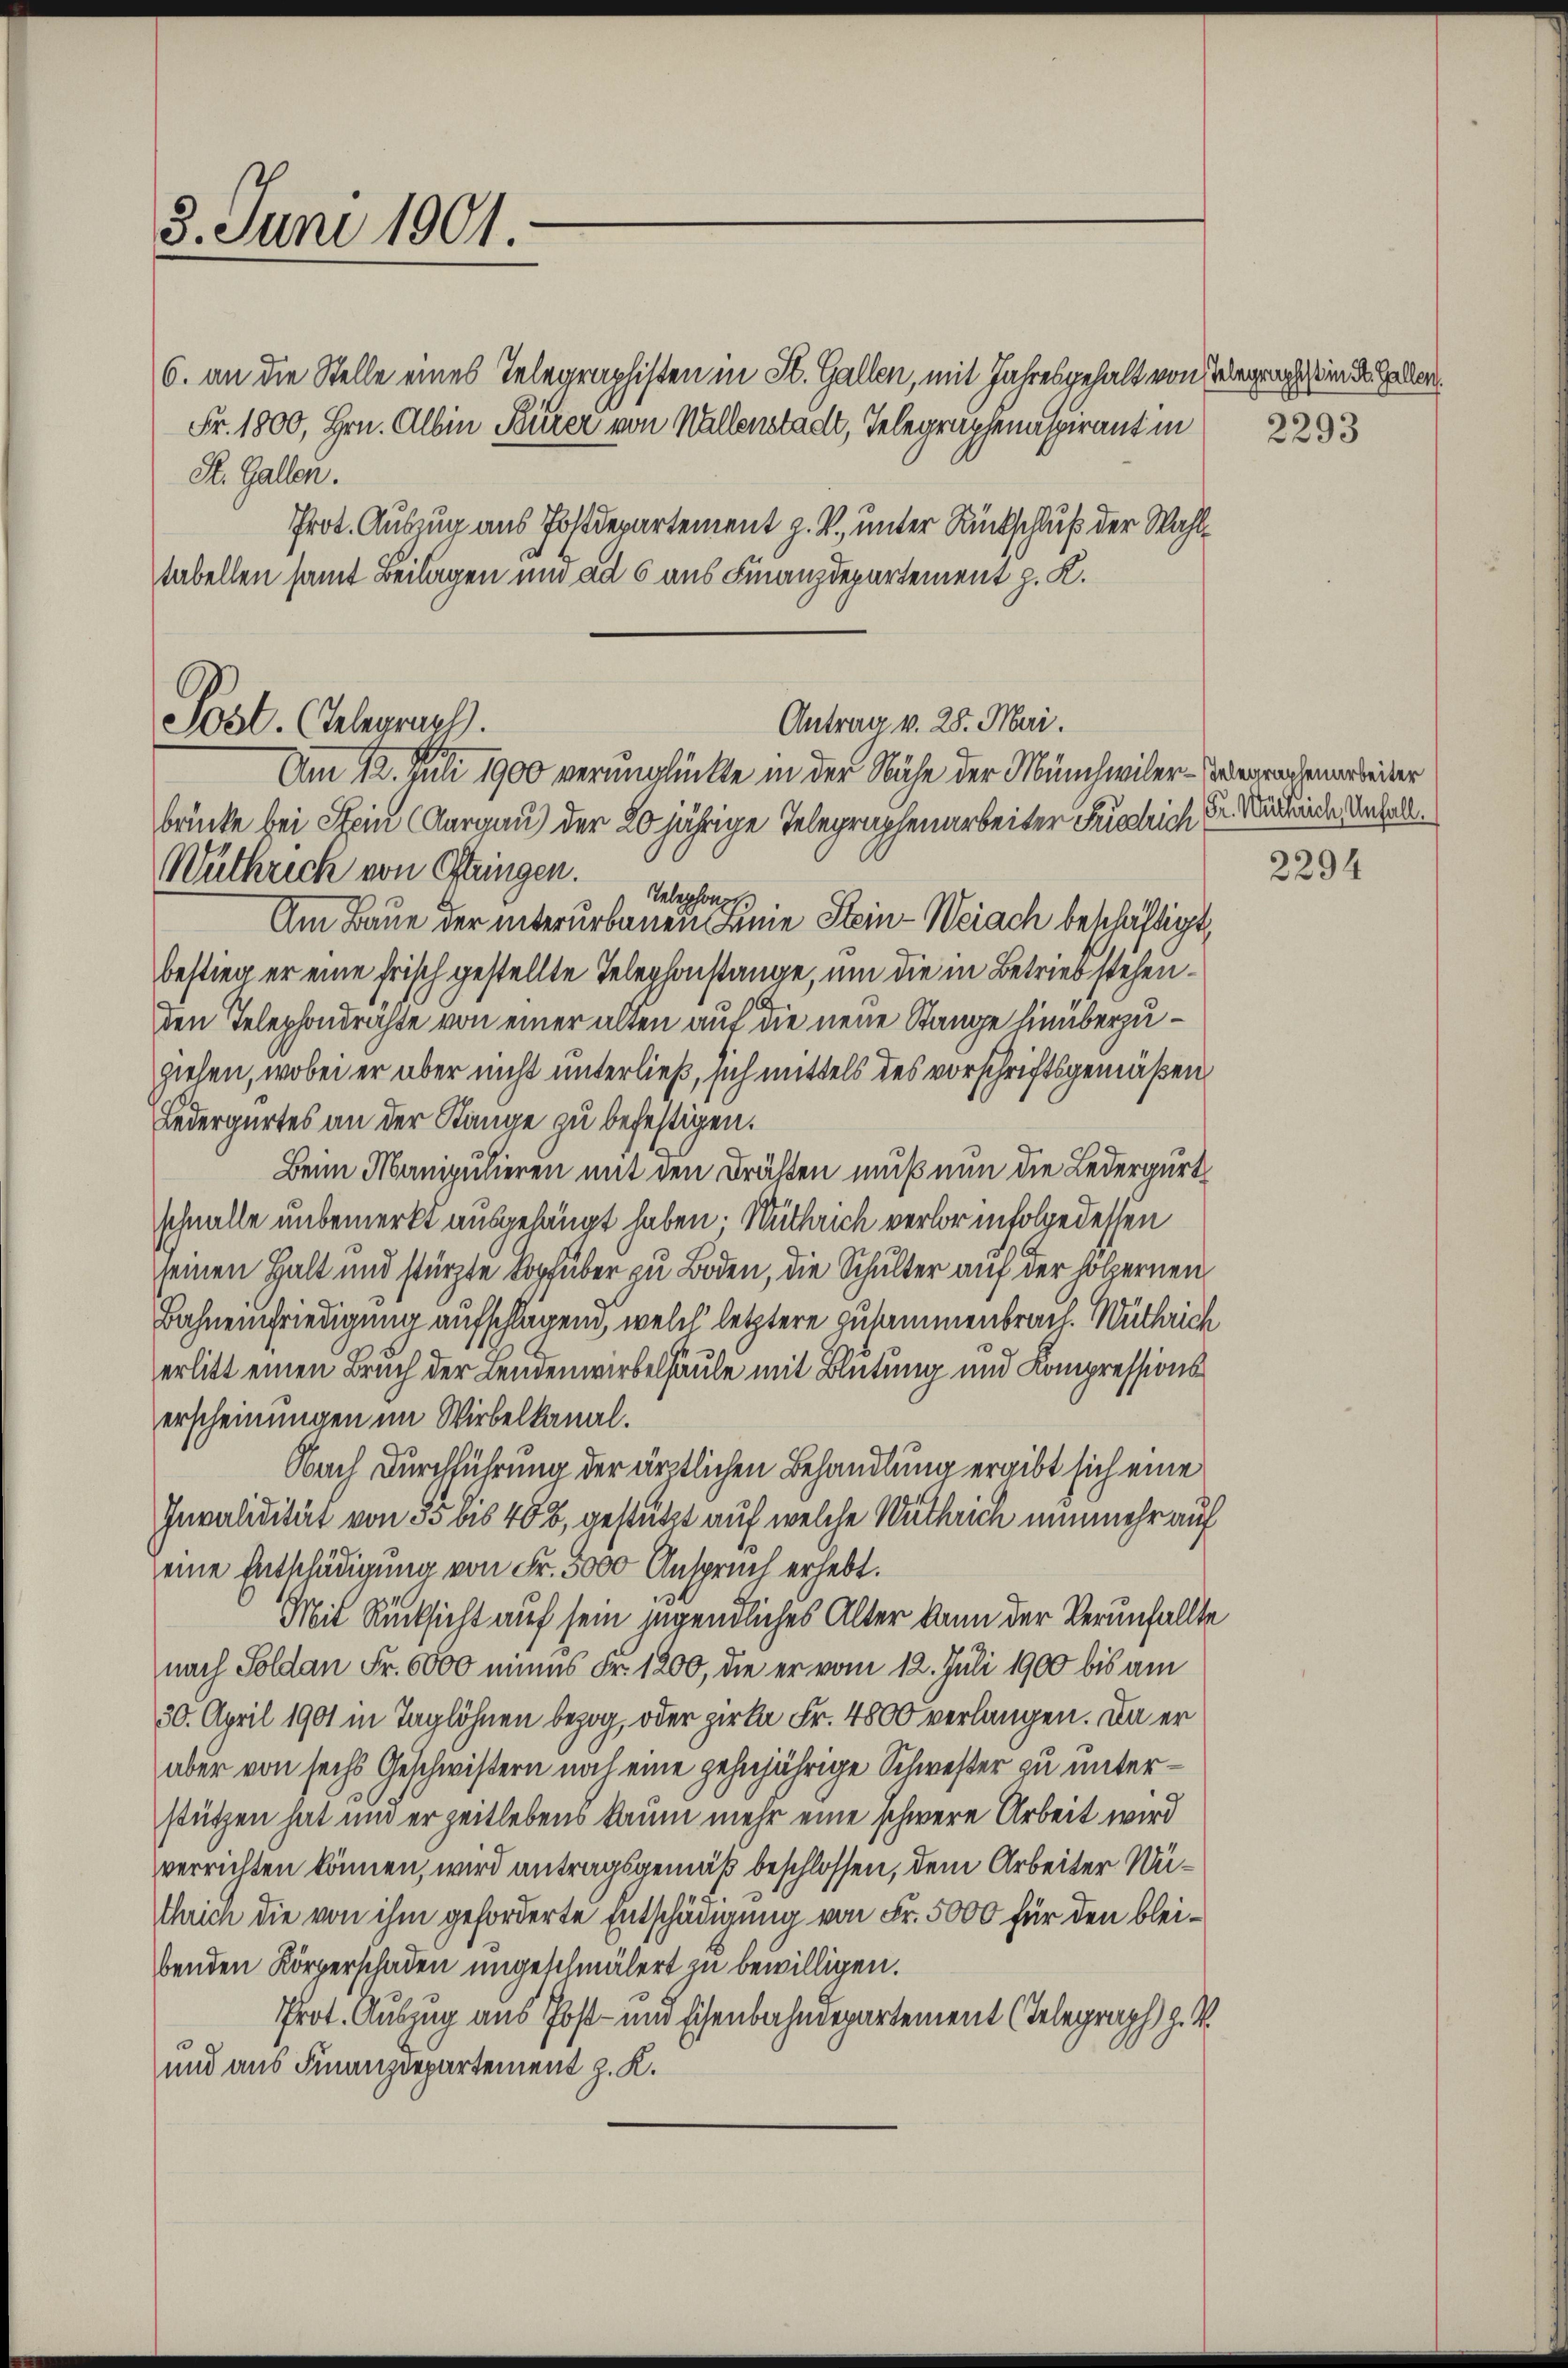
3. Juni 1901

Post. Celegraph.
Wüthrich von Stringen.

6. an die Stelle eines Telegraphisten in St. Gallen, mit Jahresgehalt von Telegraphes in St. Gallen.
Fr. 1800, Hrn. Albin Dürer von Wallenstadt, Telegraphenaspirant in
R. Gallen.
Prot. Auszug aus Postdepartement z. V., unter Rückschluß der Wahltabellen samt Beilagen und ad 6 aus Finanzdepartement z. K.

Am 12. Juli 1900 verunglückte in der Nähe der Münchwiler-Verrachenarbeiter
brücke bei Stein Aargau der 20jährige Telegraphenarbeiter Friedrich Dr Würdende Anfall
Telephonge
Am Baue der intererbauen Linie Stein-Weiach beschäftigt,
bestieg er eine frisch gestellte Telephonstange, um die in Betrieb stehen¬
.
den Telephondrechte von einer alten auf die neue Stange hinüberzuziehen, wobei er aber nicht unterließ, sich mittels des vorschriftsgemäßen,
Ledergertes an der Stange zu befestigen.
Beim Manipulieren mit den Brähten muß nun die Ledergurt
schnalle unbemerkt ausgehängt haben; Wuthrich verlor infolge dessen
seinen Halt und stürzte Kopfhuber zu Boden, die Schulter auf der hölzernen
Bahnenfriedigung aufschlagen, welch’ letztere zusammenbrach. Wuthrich
erlitt einen Bruch der Leidenwirbelsäule mit Blutung und Kompressionserscheinungen im Wirbelkanal.
Nach Durchführung der ärztlichen Behandlung ergibt sich eine
Invalidität von 55 bis 408, gestützt auf welche Wuthrich nunmehr auf
eine Entschädigung von Fr. 5000 Anspruch erhebt.
Mit Rücksicht auf sein jugendliches Alter kann der Verunfallte
nach Soldan Fr. 6000 minus Fr. 1200, die er vom 12. Juli 1900 bis am
30. April 1901 in Taglöhnen bezog, oder zirke Fr. 4800 verlangen. Da er
aber von sechs Geschwistern noch eine zehnjährige Schwester zu unterstützen hat und erzeitlebens kaum mehr eine schwere Arbeit wird
verrichten können, wird antragsgemäß beschlossen, dem Arbeiter Wüthrich die von ihm geforderte Entschädigung von Fr. 5000 für den bleibenden Körperschaden ungeschmälert zu bewilligen.
Prot. Auszug aus Post- und Eisenbahndepartement (Telegraph z. B.
und aus Finanzdepartement z. K.

Antrag v. 28. Mai.

2293

2294